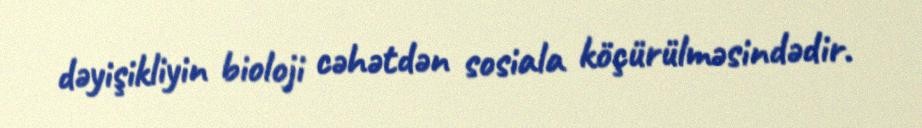
dəyişikliyin bioloji cəhətdən sosiala köçürülməsindədir.